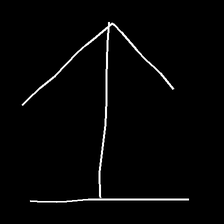
Glyph: levitation